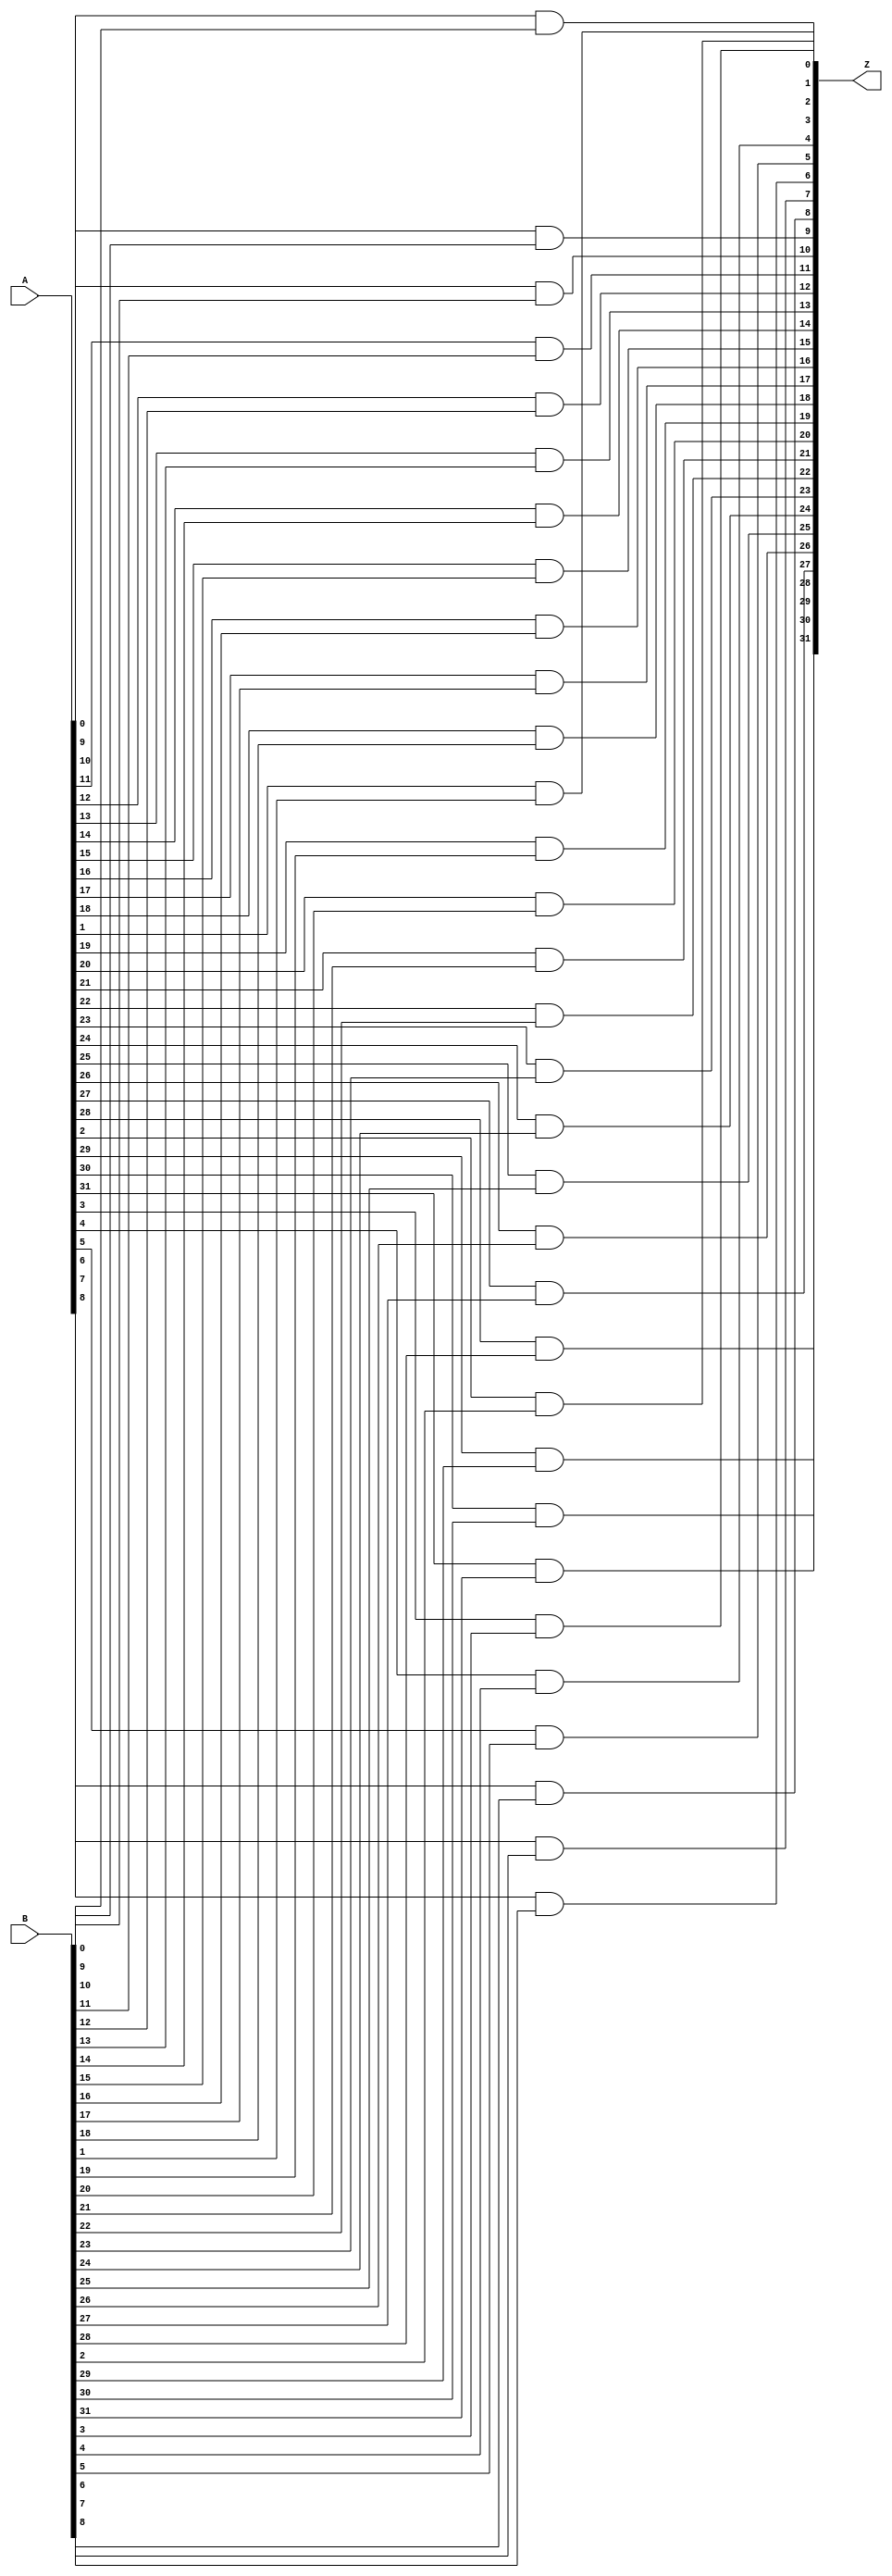
module and_32_b(
	input wire[31:0] A,
	input wire[31:0] B,
	output wire[31:0] Z
);

	genvar i;
	generate
		for(i = 0; i < 32; i=i+1) 
		begin : loop
			assign Z[i] = ((A[i]) & (B[i]));
		end
	endgenerate
	
endmodule